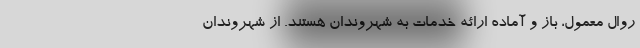
روال معمول، باز و آماده ارائه خدمات به شهروندان هستند. از شهروندان